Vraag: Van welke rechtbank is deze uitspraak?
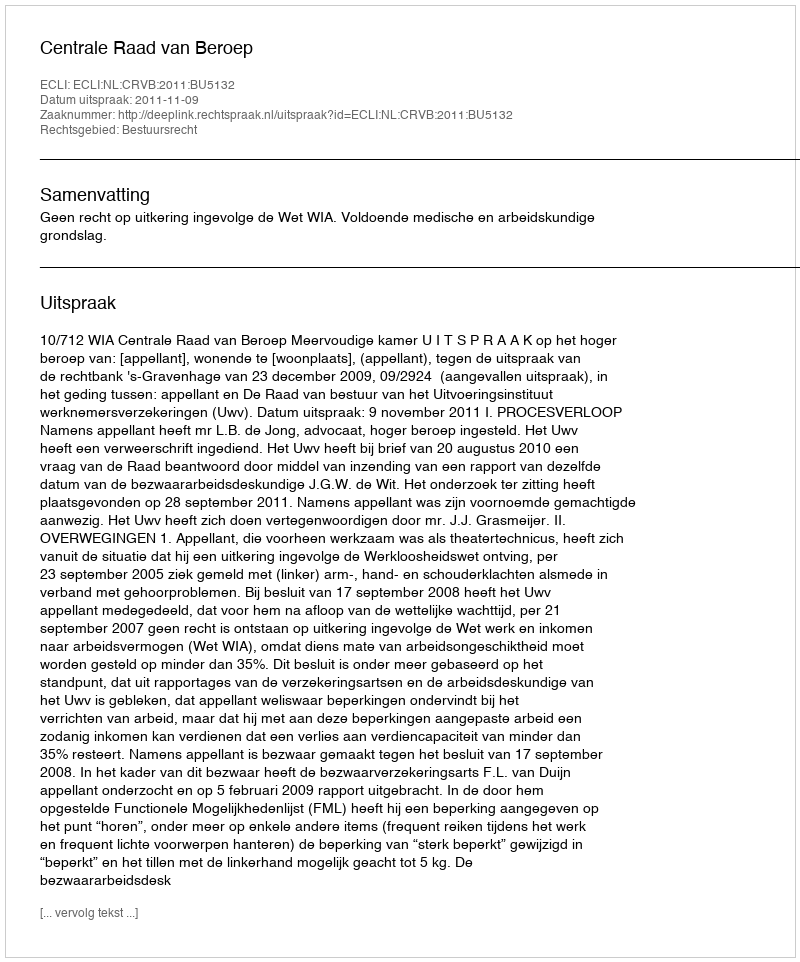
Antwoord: Centrale Raad van Beroep